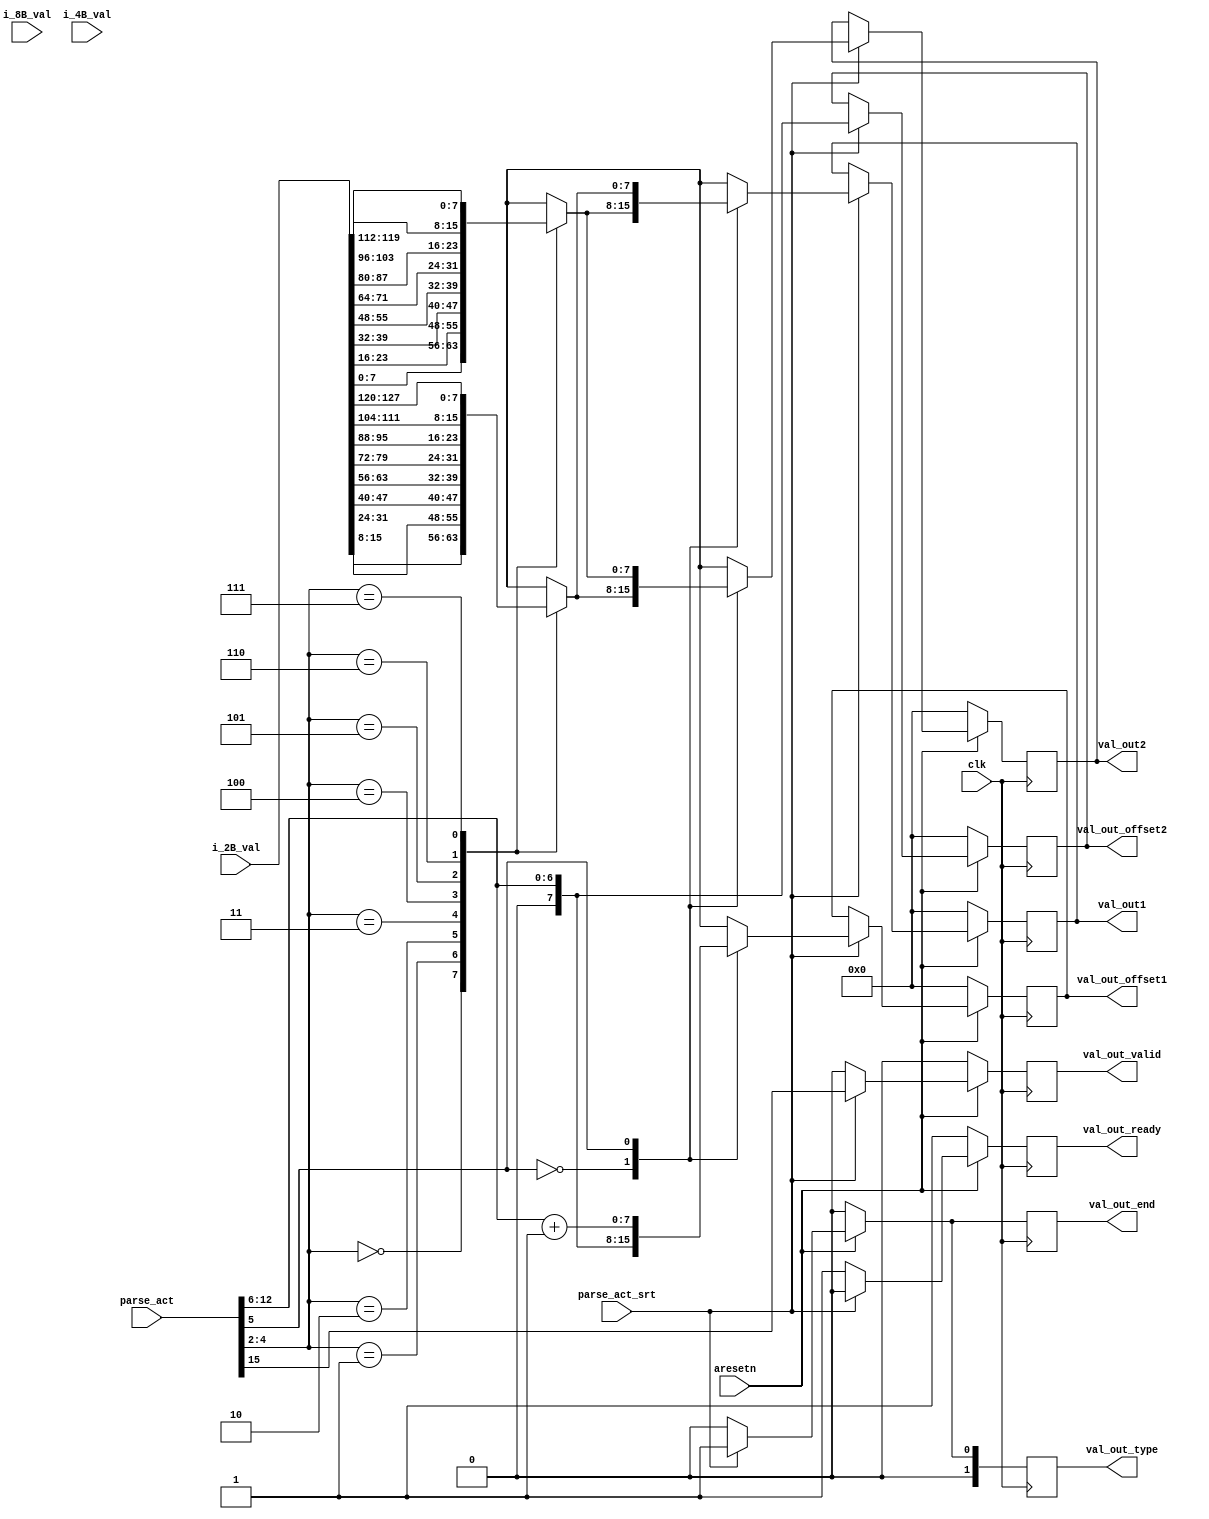
//15332
//[15] tvalid
//[12:8] Bytes offset 0-255,0-111:11111
//[7:5] Byte_in_seg
//[4:2] val_index
//[1:0] val_type,01:2B;10:4B;11:8B

//[12:5] Bytes by 32 bit
`timescale 1ns / 1ps


module sub_deparser_2B #(
	parameter C_PKT_VEC_WIDTH = (8+4+2)*8*8+256,
	parameter C_PARSE_ACT_LEN = 16						// only 6 bits are used here
)
(
	input										clk,
	input										aresetn,

	input										parse_act_srt,//start parse_act
	input [C_PARSE_ACT_LEN-1:0]					parse_act,
	// input [C_PKT_VEC_WIDTH-1:0]					phv_in,
	
	input [511:0]                               i_8B_val,
	input [255:0]                               i_4B_val,
	input [127:0]                               i_2B_val,

	output reg									val_out_valid,
	output reg [7:0]							val_out1,//here we can get nuturely get the val_by parser_index
	output reg [7:0]							val_out2,
	output reg [1:0]							val_out_type,
	output reg [7:0]                            val_out_offset1,
	output reg [7:0]                            val_out_offset2,
	output reg                                  val_out_end,
	output reg                                  val_out_ready
);

//val_out1val_out_offset1
//val_out2val_out_offset2
always @(posedge clk) begin
	if (~aresetn) begin
		val_out_valid <= 0;
		val_out_end <= 0;
		val_out_ready <= 1'b1;
		val_out1 <= 0;
		val_out2 <= 0;
		val_out_type <= 0;
		val_out_offset1 <= 0;
		val_out_offset2 <= 0;
	end
	else begin
		if (parse_act_srt) begin
			val_out_valid <= parse_act[15];
			val_out_end <= 1'b1;
			val_out_ready <= 1'b0;
			val_out_type <= 2'b01;
			case(parse_act[5])
				0:begin
					val_out_offset1 <= parse_act[12:6];
					val_out_offset2 <= parse_act[12:6];
					case(parse_act[4:2])
						3'd0: begin
							val_out1[7:0] <= i_2B_val[8*0 +: 8];//7:0 
							val_out2[7:0] <= i_2B_val[8*1 +: 8];//15:8
							
						end
						3'd1: begin
							val_out1[7:0] <= i_2B_val[8*2 +: 8];//16:23
							val_out2[7:0] <= i_2B_val[8*3 +: 8];//31:24
						end
						3'd2: begin
							val_out1[7:0] <= i_2B_val[8*4 +: 8];
							val_out2[7:0] <= i_2B_val[8*5 +: 8];//31:24
						end
						3'd3: begin
							val_out1[7:0] <= i_2B_val[8*6 +: 8];
							val_out2[7:0] <= i_2B_val[8*7 +: 8];//31:24
						end
						3'd4: begin
							val_out1[7:0] <= i_2B_val[8*8 +: 8];
							val_out2[7:0] <= i_2B_val[8*9 +: 8];//31:24
						end
						3'd5: begin
							val_out1[7:0] <= i_2B_val[8*10 +: 8];
							val_out2[7:0] <= i_2B_val[8*11 +: 8];//31:24
						end
						3'd6: begin
							val_out1[7:0] <= i_2B_val[8*12 +: 8];
							val_out2[7:0] <= i_2B_val[8*13 +: 8];//31:24
						end
						3'd7: begin
							val_out1[7:0] <= i_2B_val[8*14 +: 8];
							val_out2[7:0] <= i_2B_val[8*15 +: 8];//31:24
						end
					endcase
				end
				1:begin
					val_out_offset1 <= parse_act[12:6]+1'b1;
					val_out_offset2 <= parse_act[12:6];
					case(parse_act[4:2])
						3'd0: begin
							val_out1[7:0] <= i_2B_val[8*1 +: 8];//7:0
							val_out2[7:0] <= i_2B_val[8*0 +: 8];//15:8
						end
						3'd1: begin
							val_out1[7:0] <= i_2B_val[8*3 +: 8];//16:23
							val_out2[7:0] <= i_2B_val[8*2 +: 8];//31:24
						end
						3'd2: begin
							val_out1[7:0] <= i_2B_val[8*5 +: 8];
							val_out2[7:0] <= i_2B_val[8*4 +: 8];//31:24
						end
						3'd3: begin
							val_out1[7:0] <= i_2B_val[8*7 +: 8];
							val_out2[7:0] <= i_2B_val[8*6 +: 8];//31:24
						end
						3'd4: begin
							val_out1[7:0] <= i_2B_val[8*9 +: 8];
							val_out2[7:0] <= i_2B_val[8*8 +: 8];//31:24
						end
						3'd5: begin
							val_out1[7:0] <= i_2B_val[8*11 +: 8];
							val_out2[7:0] <= i_2B_val[8*10 +: 8];//31:24
						end
						3'd6: begin
							val_out1[7:0] <= i_2B_val[8*13 +: 8];
							val_out2[7:0] <= i_2B_val[8*12 +: 8];//31:24
						end
						3'd7: begin
							val_out1[7:0] <= i_2B_val[8*15 +: 8];
							val_out2[7:0] <= i_2B_val[8*14 +: 8];//31:24
						end
					endcase
				end
			endcase
		end
		else begin
			val_out_type <= 0;
			val_out_end <= 1'b0;
			val_out_ready <= 1'b1;
			val_out_offset1 <= val_out_offset1;
			val_out_offset2 <= val_out_offset2;
			val_out_valid <= 1'b0;
			val_out1 <= val_out1;
			val_out2 <= val_out2;
		end
	end
end

endmodule